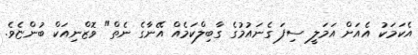
އެކަމަކު އެއަށް އަމަލީ ސިފަ ގެނައުމުގެ ގާބިލްކަމެއް އޭނާގެ ނެތް" ވޮޒްނިއަކް ބުންޏެވެ.